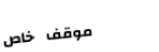
موقف خاص